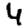
Digit: 4